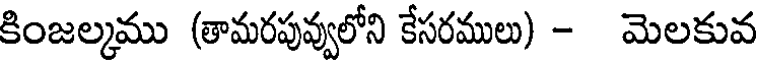
కింజల్మము (తామరపువ్వలోని కేసరములు) - మెలకువ